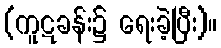
(ကူဋခန်း၌ ရေးခဲ့ပြီး)။